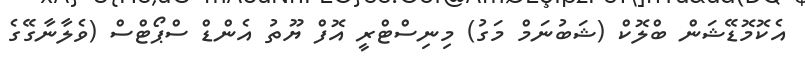
އެކޮމޮޑޭޝަން ބްލޮކް (ޝަބުނަމް މަގު) މިނިސްޓްރީ އޮފް ޔޫތު އެންޑް ސްޕޯޓްސް (ވެލާނާގޭގެ